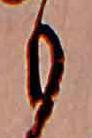
も